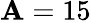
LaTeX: \mathbf{A}=15